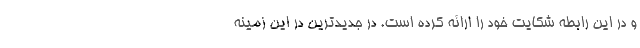
و در این رابطه شکایت خود را ارائه کرده است. در جدیدترین در این زمینه